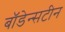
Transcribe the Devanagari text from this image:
बॉडेन्सटीन